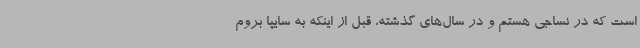
است که در نساجی هستم و در سال‌های گذشته، قبل از اینکه به سایپا بروم